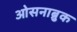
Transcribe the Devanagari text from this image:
ओसनाब्रुक